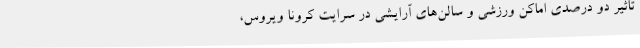
تاثیر دو درصدی اماکن ورزشی و سالن‌های آرایشی در سرایت کرونا ویروس،